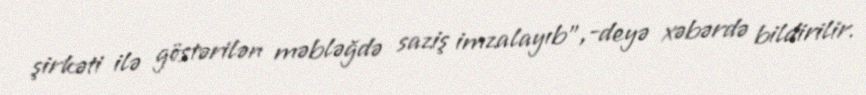
şirkəti ilə göstərilən məbləğdə saziş imzalayıb”,-deyə xəbərdə bildirilir.